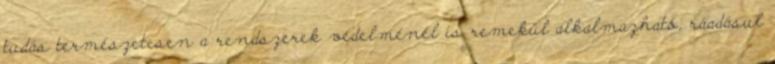
tudás természetesen a rendszerek védelménél is remekül alkalmazható, ráadásul